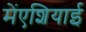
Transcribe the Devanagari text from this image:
मेंएशियाई